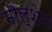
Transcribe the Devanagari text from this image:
मोल्शेम